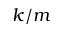
k / m